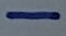
Text: -